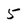
Character: 5